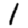
Digit: 1